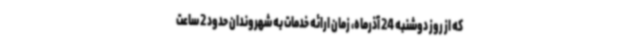
که از روز دوشنبه 24 آذرماه، زمان ارائه خدمات به شهروندان حدود 2 ساعت